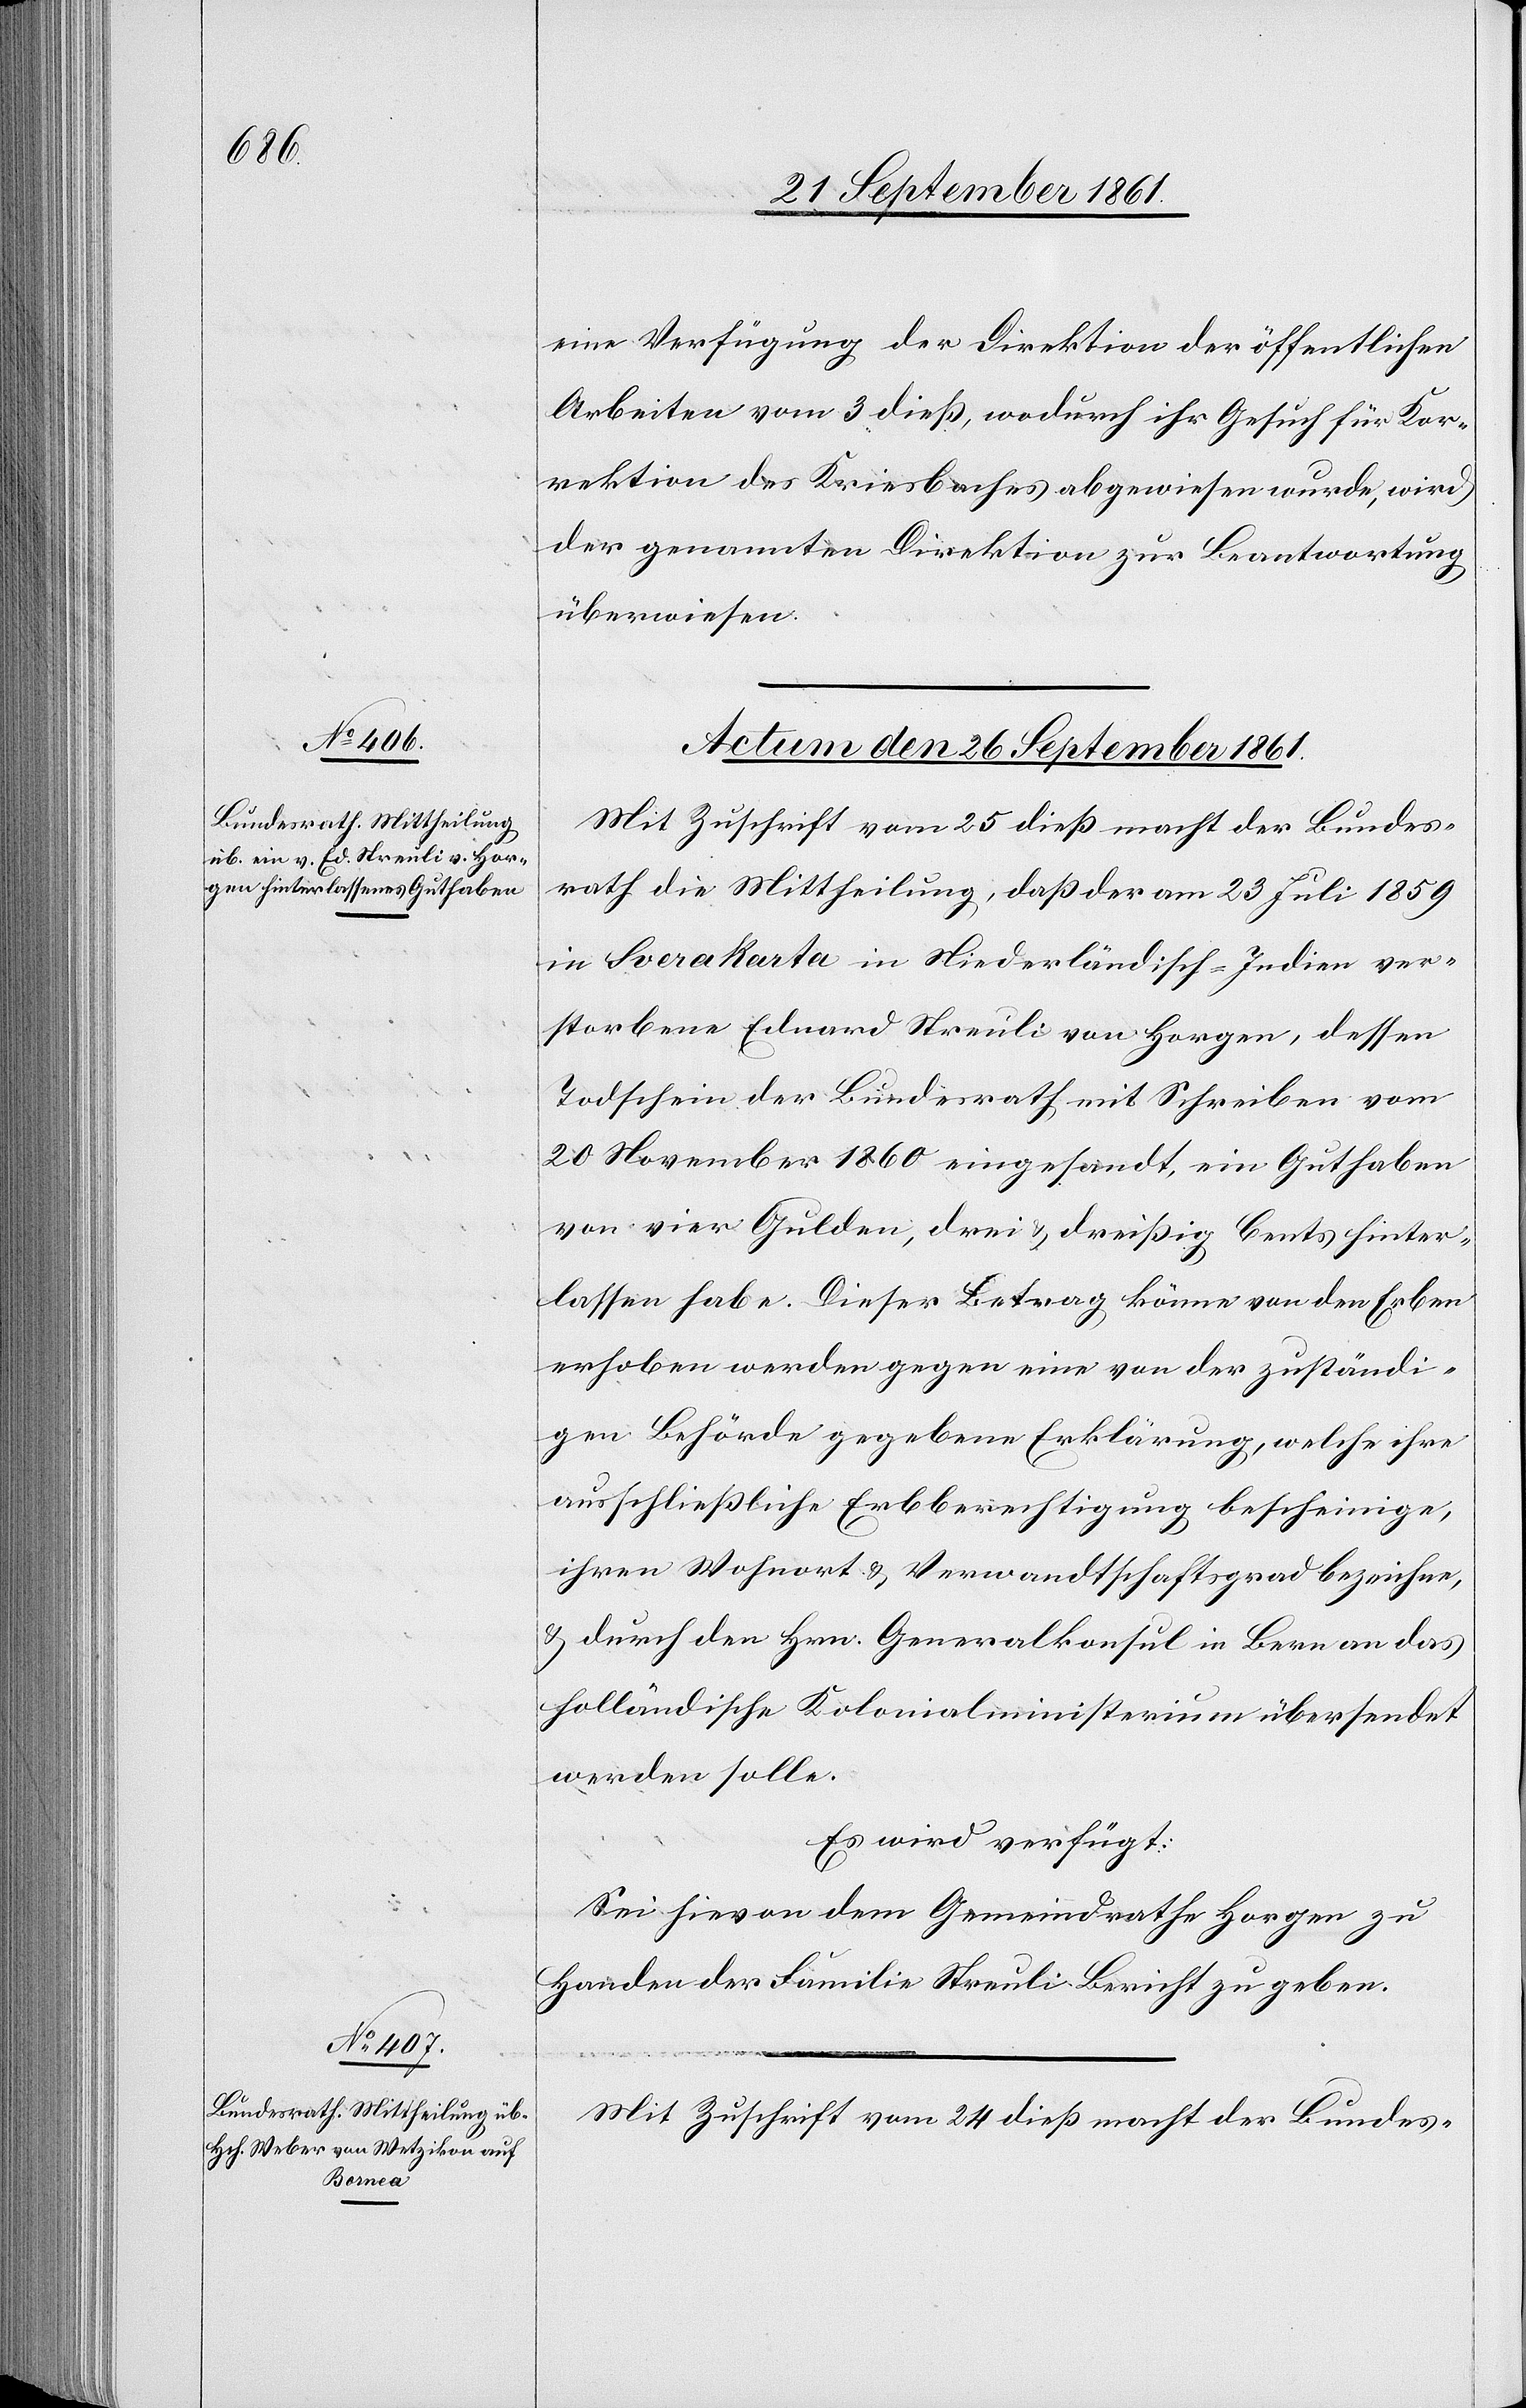
eine Verfügung der Direktion der öffentlichen
Arbeiten vom 3 dieß, wodurch ihr Gesuch für Kor¬
rektion des Kriesbaches abgewiesen wurde, wird
der genannten Direktion zur Beantwortung
überwiesen.
Actum den 26 September 1861.]
Mit Zuschrift vom 25 dieß macht der Bundes¬
rath die Mittheilung, daß der am 23 Juli 1859
in Soerakarta in Niederländisch-Indien ver¬
storbene Eduard Streuli von Horgen, dessen
Todschein der Bundesrath mit Schreiben vom
20 November 1860 eingesandt, ein Guthaben
von vier Gulden, drei u. dreißig Cents hinter¬
lassen habe. Dieser Betrag könne von den Erben
erhoben werden gegen eine von der zuständi¬
gen Behörde gegebene Erklärung, welche ihre
ausschließliche Erbberechtigung bescheinige,
ihren Wohnort u. Verwandtschaftsgrad bezeichne,
u. durch den Hrn. Generalkonsul in Bern an das
holländische Kolonialministerium übersendet
werden solle.
Es wird verfügt:
Sei hievon dem Gemeindrathe Horgen zu
Handen der Familie Streuli Bericht zu geben.
Mit Zuschrift vom 24 dieß macht der Bundes-